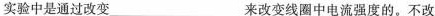
实验中是通过改变____来改变线圈中电流强度的。不改